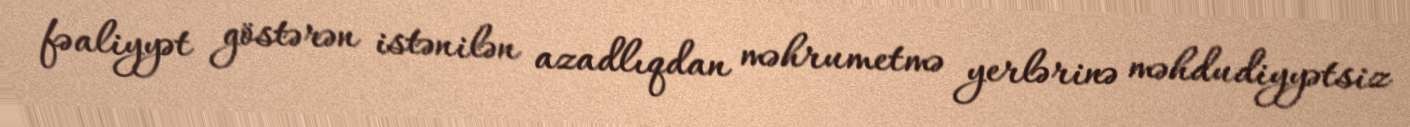
fəaliyyət göstərən istənilən azadlıqdan məhrumetmə yerlərinə məhdudiyyətsiz